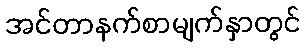
အင်တာနက်စာမျက်နှာတွင်